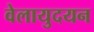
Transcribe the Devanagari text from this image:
वेलायुदयन